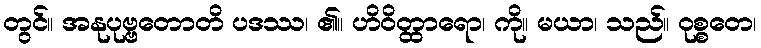
တွင်။ အနုပုဗ္ဗတောတိ ပဒဿ၊ ၏။ ဟိဝိတ္ထာရော၊ ကို။ မယာ၊ သည်။ ဝုစ္စတေ၊